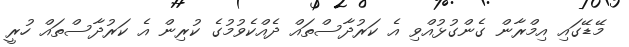
މޭޑޭގައި އިމްރާން ގެންގުޅުއްވި އެ ކަރުދާސްތައް ދެއްކެވުމުގެ ކުރިން އެ ކަރުދާސްތައް ހުރީ